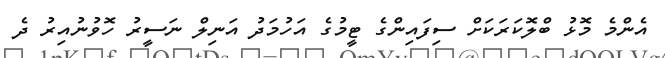
އެންމެ މޮޅު ބްލޮކަރަކަށް ސިފައިންގެ ޓީމުގެ އަހުމަދު އަނިލް ނަސީރު ހޮވުނުއިރު ދެ